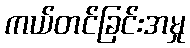
ကယ်တင်ခြင်းအမှု